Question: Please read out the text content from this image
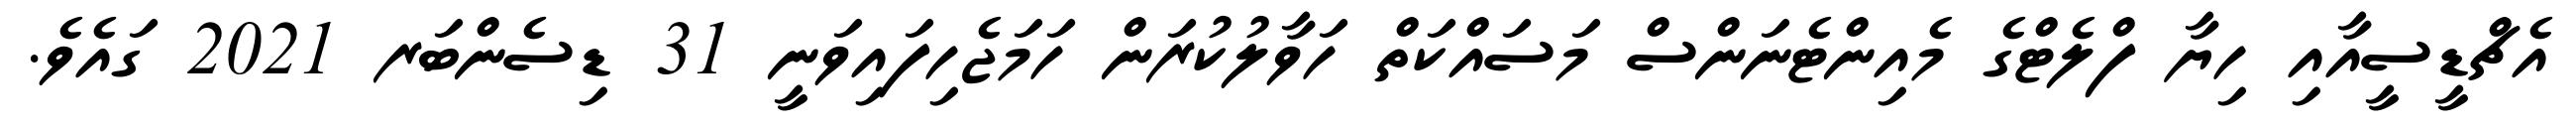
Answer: އެޗްޑީސީއާއި ހިޔާ ފްލެޓްގެ މެއިންޓެނަންސް މަސައްކަތް ހަވާލުކުރަން ހަމަޖެހިފައިވަނީ 31 ޑިސެންބަރ 2021 ގައެވެ.